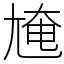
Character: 㞄